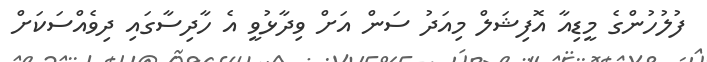
ފުލުހުންގެ މީޑިއާ އޮފިޝަލް މިއަދު ސަން އަށް ވިދާޅުވީ އެ ހާދިސާގައި ދިވެއްސަކަށް